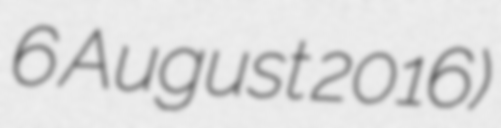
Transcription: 6 August 2016)